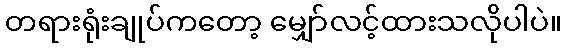
တရားရုံးချုပ်ကတော့ မျှော်လင့်ထားသလိုပါပဲ။